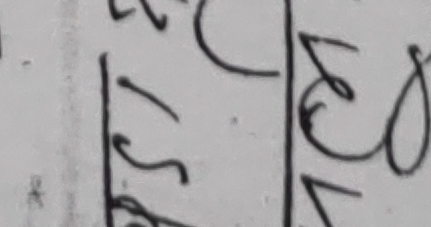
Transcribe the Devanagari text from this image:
लेद